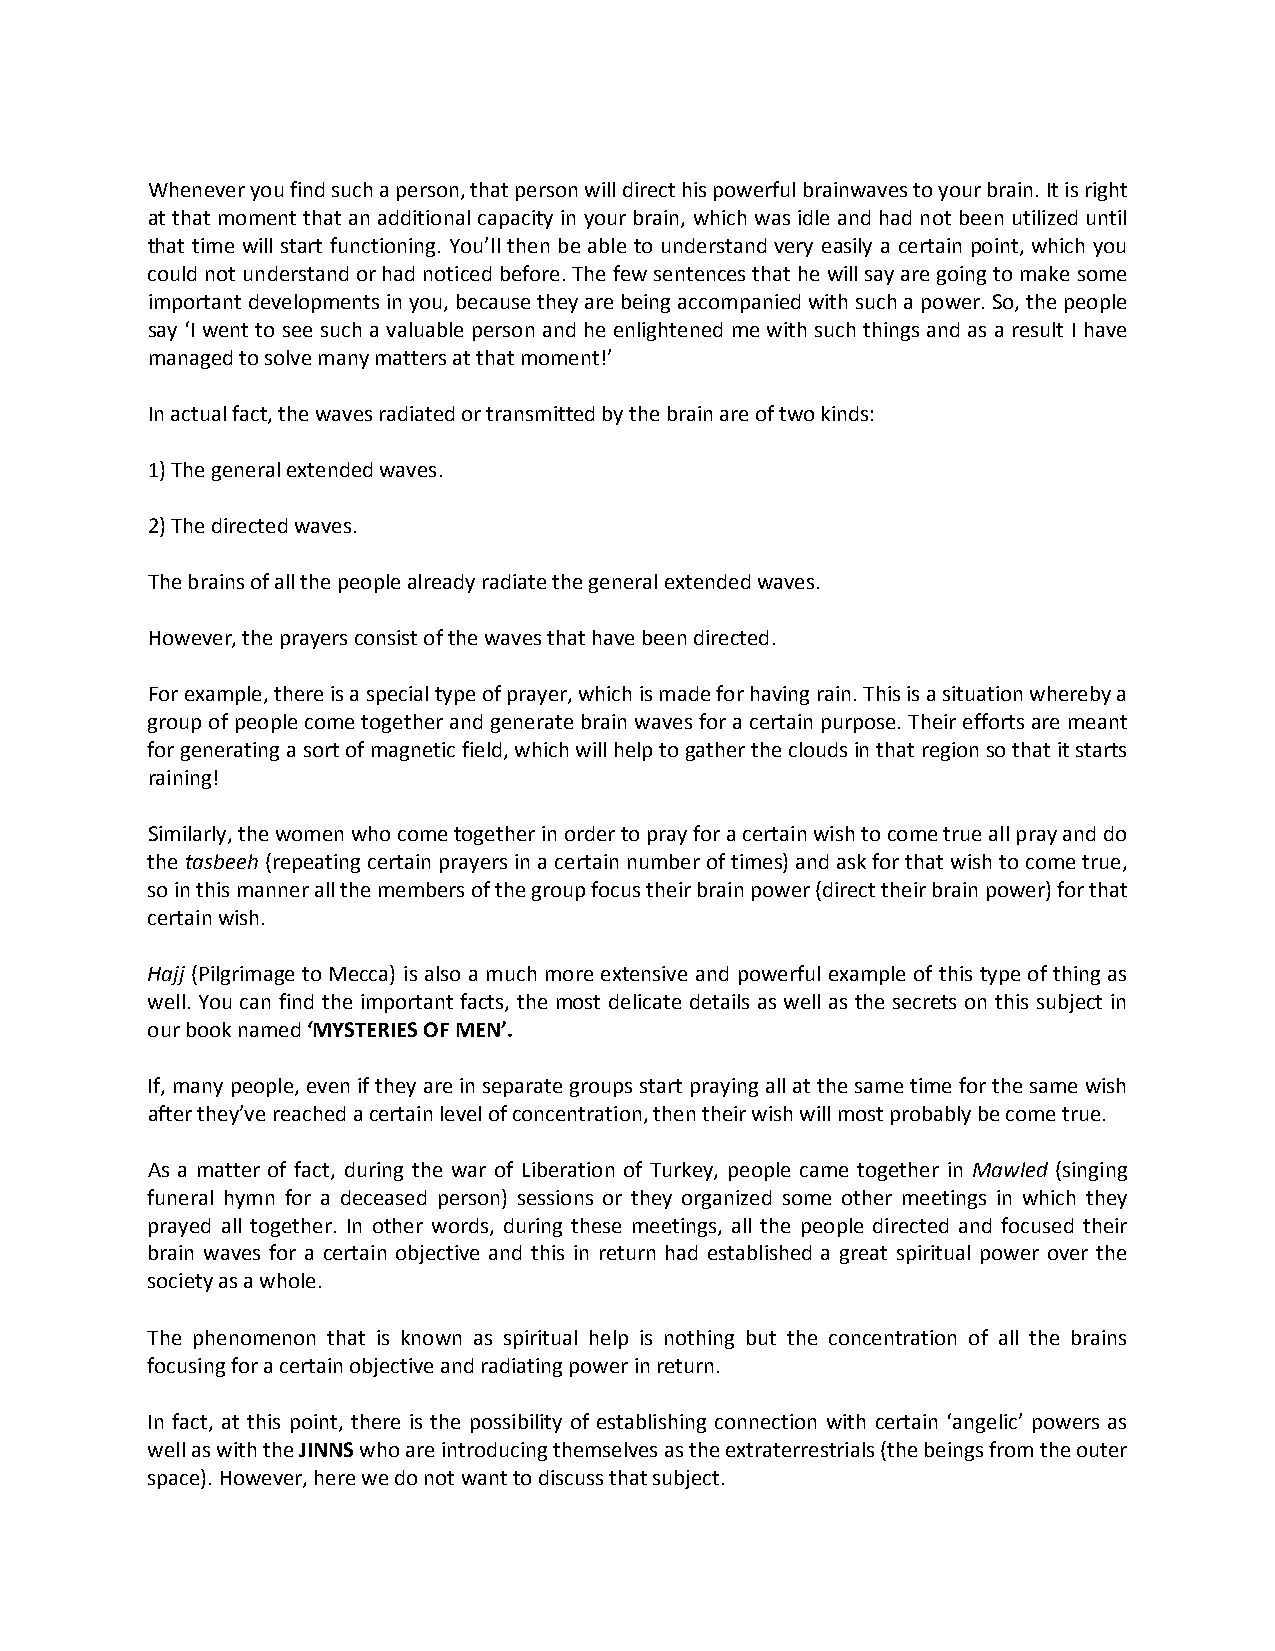
Whenever you find such a person, that person will direct his powerful brainwaves to your brain. It is right
 at that moment that an additional capacity in your brain, which was idle and had not been utilized until
 that time will start functioning. You’ll then be able to understand very easily a certain point, which you
 could not understand or had noticed before. The few sentences that he will say are going to make some
 important developments in you, because they are being accompanied with such a power. So, the people
 say ‘I went to see such a valuable person and he enlightened me with such things and as a result I have
 managed to solve many matters at that moment!’
 In actual fact, the waves radiated or transmitted by the brain are of two kinds:
 1) The general extended waves.
 2) The directed waves.
 The brains of all the people already radiate the general extended waves.
 However, the prayers consist of the waves that have been directed.
 For example, there is a special type of prayer, which is made for having rain. This is a situation whereby a
 group of people come together and generate brain waves for a certain purpose. Their efforts are meant
 for generating a sort of magnetic field, which will help to gather the clouds in that region so that it starts
 raining!
 Similarly, the women who come together in order to pray for a certain wish to come true all pray and do
 the tasbeeh (repeating certain prayers in a certain number of times) and ask for that wish to come true,
 so in this manner all the members of the group focus their brain power (direct their brain power) for that
 certain wish.
 Hajj (Pilgrimage to Mecca) is also a much more extensive and powerful example of this type of thing as
 well. You can find the important facts, the most delicate details as well as the secrets on this subject in
 our book named ‘MYSTERIES OF MEN’.
 If, many people, even if they are in separate groups start praying all at the same time for the same wish
 after they’ve reached a certain level of concentration, then their wish will most probably be come true.
 As a matter of fact, during the war of Liberation of Turkey, people came together in Mawled (singing
 funeral hymn for a deceased person) sessions or they organized some other meetings in which they
 prayed all together. In other words, during these meetings, all the people directed and focused their
 brain waves for a certain objective and this in return had established a great spiritual power over the
 society as a whole.
 The phenomenon that is known as spiritual help is nothing but the concentration of all the brains
 focusing for a certain objective and radiating power in return.
 In fact, at this point, there is the possibility of establishing connection with certain ‘angelic’ powers as
 well as with the JINNS who are introducing themselves as the extraterrestrials (the beings from the outer
 space). However, here we do not want to discuss that subject.